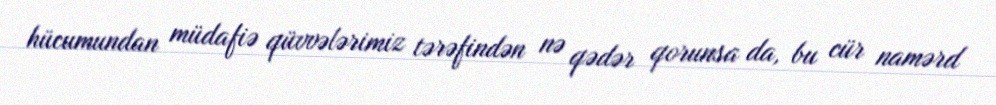
hücumundan müdafiə qüvvələrimiz tərəfindən nə qədər qorunsa da, bu cür namərd